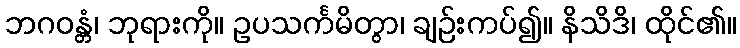
ဘဂဝန္တံ၊ ဘုရားကို။ ဥပသင်္ကမိတွာ၊ ချဉ်းကပ်၍။ နိသိဒိ၊ ထိုင်၏။